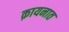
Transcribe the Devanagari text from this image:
क़ायनात